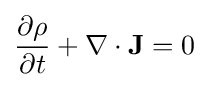
{\frac {\partial \rho }{\partial t}}+\nabla \cdot {\mathbf {J} }=0